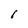
Character: I